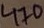
Text: 470